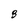
Character: 3